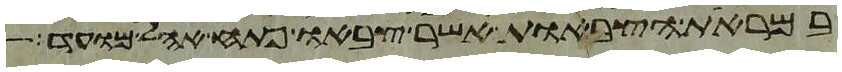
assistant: במראות הצבאות אשר צבאו פתח אהל מועד